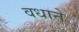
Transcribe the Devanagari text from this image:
वधाने